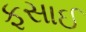
ફસાઈ